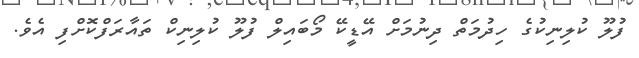
ފުލޫ ކުލިނިކުގެ ހިދުމަތް ދިނުމަށް އޭޑީކޭ މޯބައިލް ފުލޫ ކުލިނިކް ތައާރަފްކޮށްފި އެވެ.